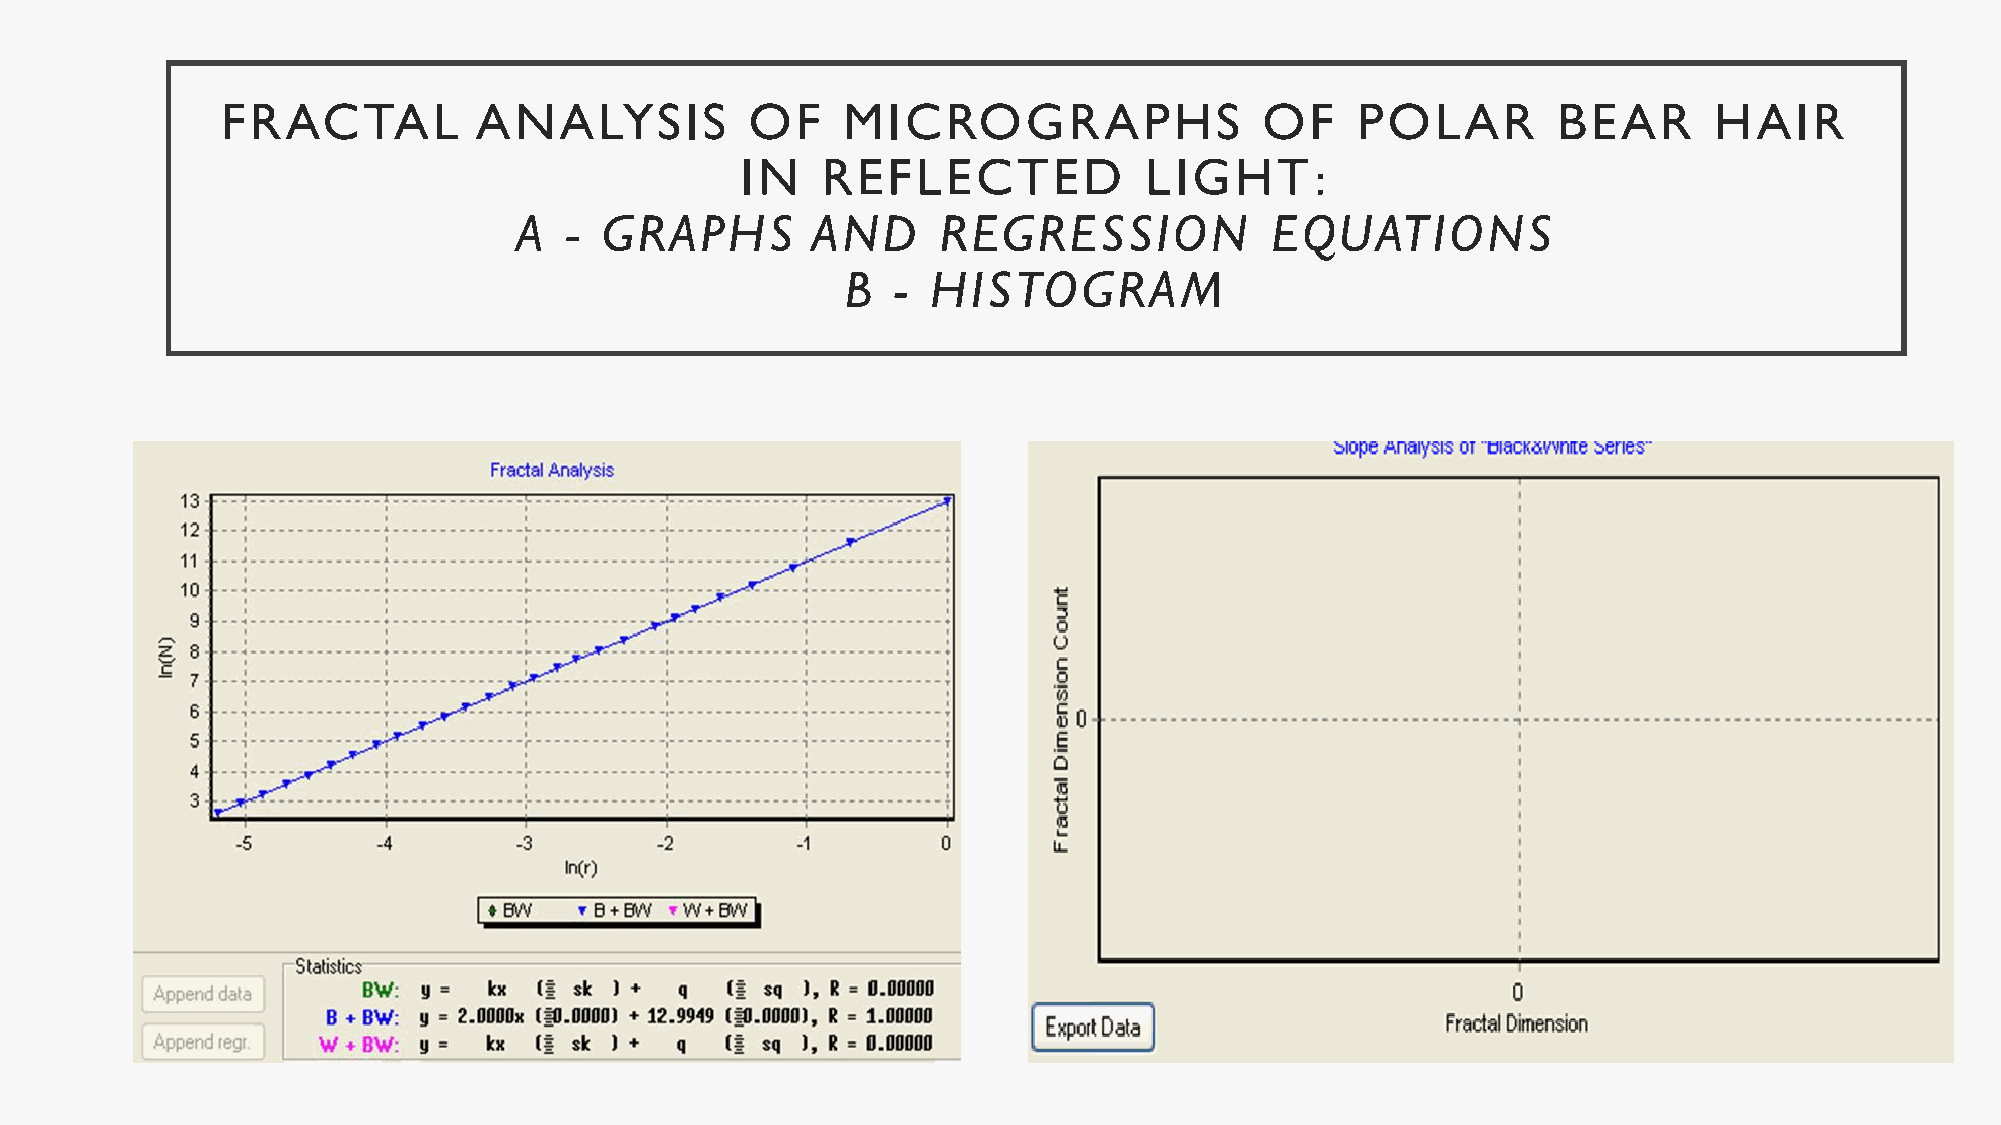
FRACTAL         ANALYSIS           OF    MICROGRAPHS                 OF    POLAR        BEAR      HAIR
 IN   REFLECTED             LIGHT:
 A  -  GRAPHS        AND     REGRESSION            EQUATIONS
 B  -  HISTOGRAM